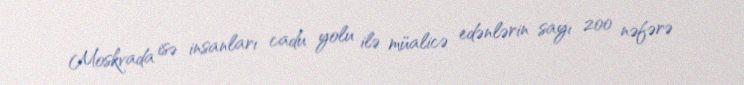
Moskvada isə insanları cadu yolu ilə müalicə edənlərin sayı 200 nəfərə